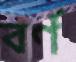
বর্ণ